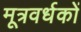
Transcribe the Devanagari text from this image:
मूत्रवर्धकों